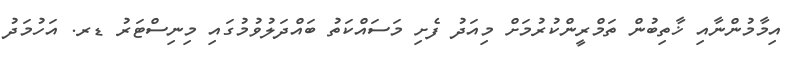
އިމާމުންނާއި ޚާތިބުން ތަމްރީންކުރުމަށް މިއަދު ފެށި މަސައްކަތު ބައްދަލުވުމުގައި މިނިސްޓަރު ޑރ. އަހުމަދު